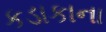
કડાકાના